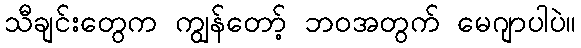
သီချင်းတွေက ကျွန်တော့် ဘဝအတွက် မေဂျာပါပဲ။